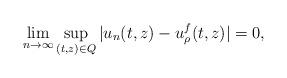
LaTeX: \begin{align*}\lim_{n\to\infty}\sup_{(t,z)\in Q}|u_{n}(t,z)-u^f_\rho(t,z)|=0,\end{align*}